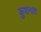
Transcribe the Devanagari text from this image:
कुशनला